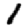
Digit: 1